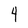
Character: 4